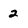
Character: 2